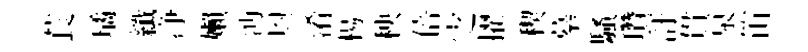
萇璚纖净嬾沔㒷淆楊秧倍㝎擢稧摹騷瓚訏貫泉笛